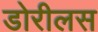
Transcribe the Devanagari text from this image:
डोरीलस